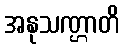
အနုသဏ္ဌာတိ